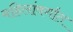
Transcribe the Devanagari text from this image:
महिलांवर्गात